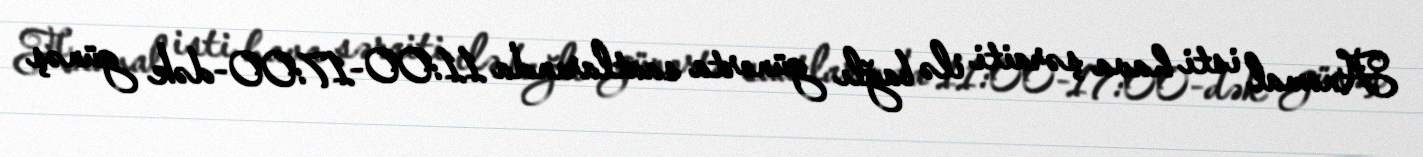
Anomal isti hava şəraiti ilə bağlı günorta saatlarında 11:00-17:00-dək günəş